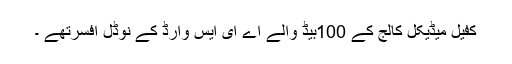
کفیل میڈیکل کالج کے 100بیڈ والے اے ای ایس وارڈ کے نوڈل افسرتھے ۔